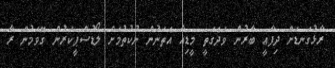
ރާޅުގަނޑަށް ދިފާޢީ ބާރުން ވަދެގަތީ މީޑިއާ އެތަނުން ނުކުތުމަށް ލޯޑުސްޕީކަރުން ގޮވަމުން ރާ